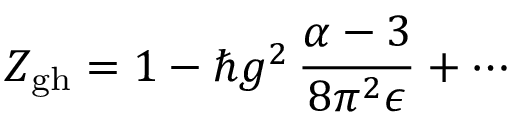
Z _ { \mathrm { g h } } = 1 - \hbar g ^ { 2 } \, \frac { \alpha - 3 } { 8 \pi ^ { 2 } \epsilon } + \cdots